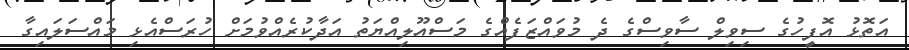
އަތޮޅު އޮފީހުގެ ސިވިލް ސާވިސްގެ ދެ މުވައްޒަފެއްގެ މަސްއޫލިއްޔަތު އަދާކުރެއްވުމަށް ހުރަސްއެޅި މައްސަލައިގާ